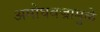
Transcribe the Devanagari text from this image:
अमोघवज्रामुळे